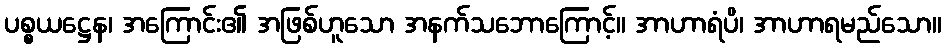
ပစ္စယဋ္ဌေန၊ အကြောင်း၏ အဖြစ်ဟူသော အနက်သဘောကြောင့်။ အာဟာရံပိ၊ အာဟာရမည်သော။